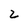
Character: 2